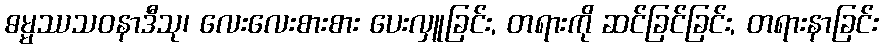
ဓမ္မဿသဝနာဒီသု၊ လေးလေးစားစား ပေးလှူခြင်း, တရားကို ဆင်ခြင်ခြင်း, တရားနာခြင်း